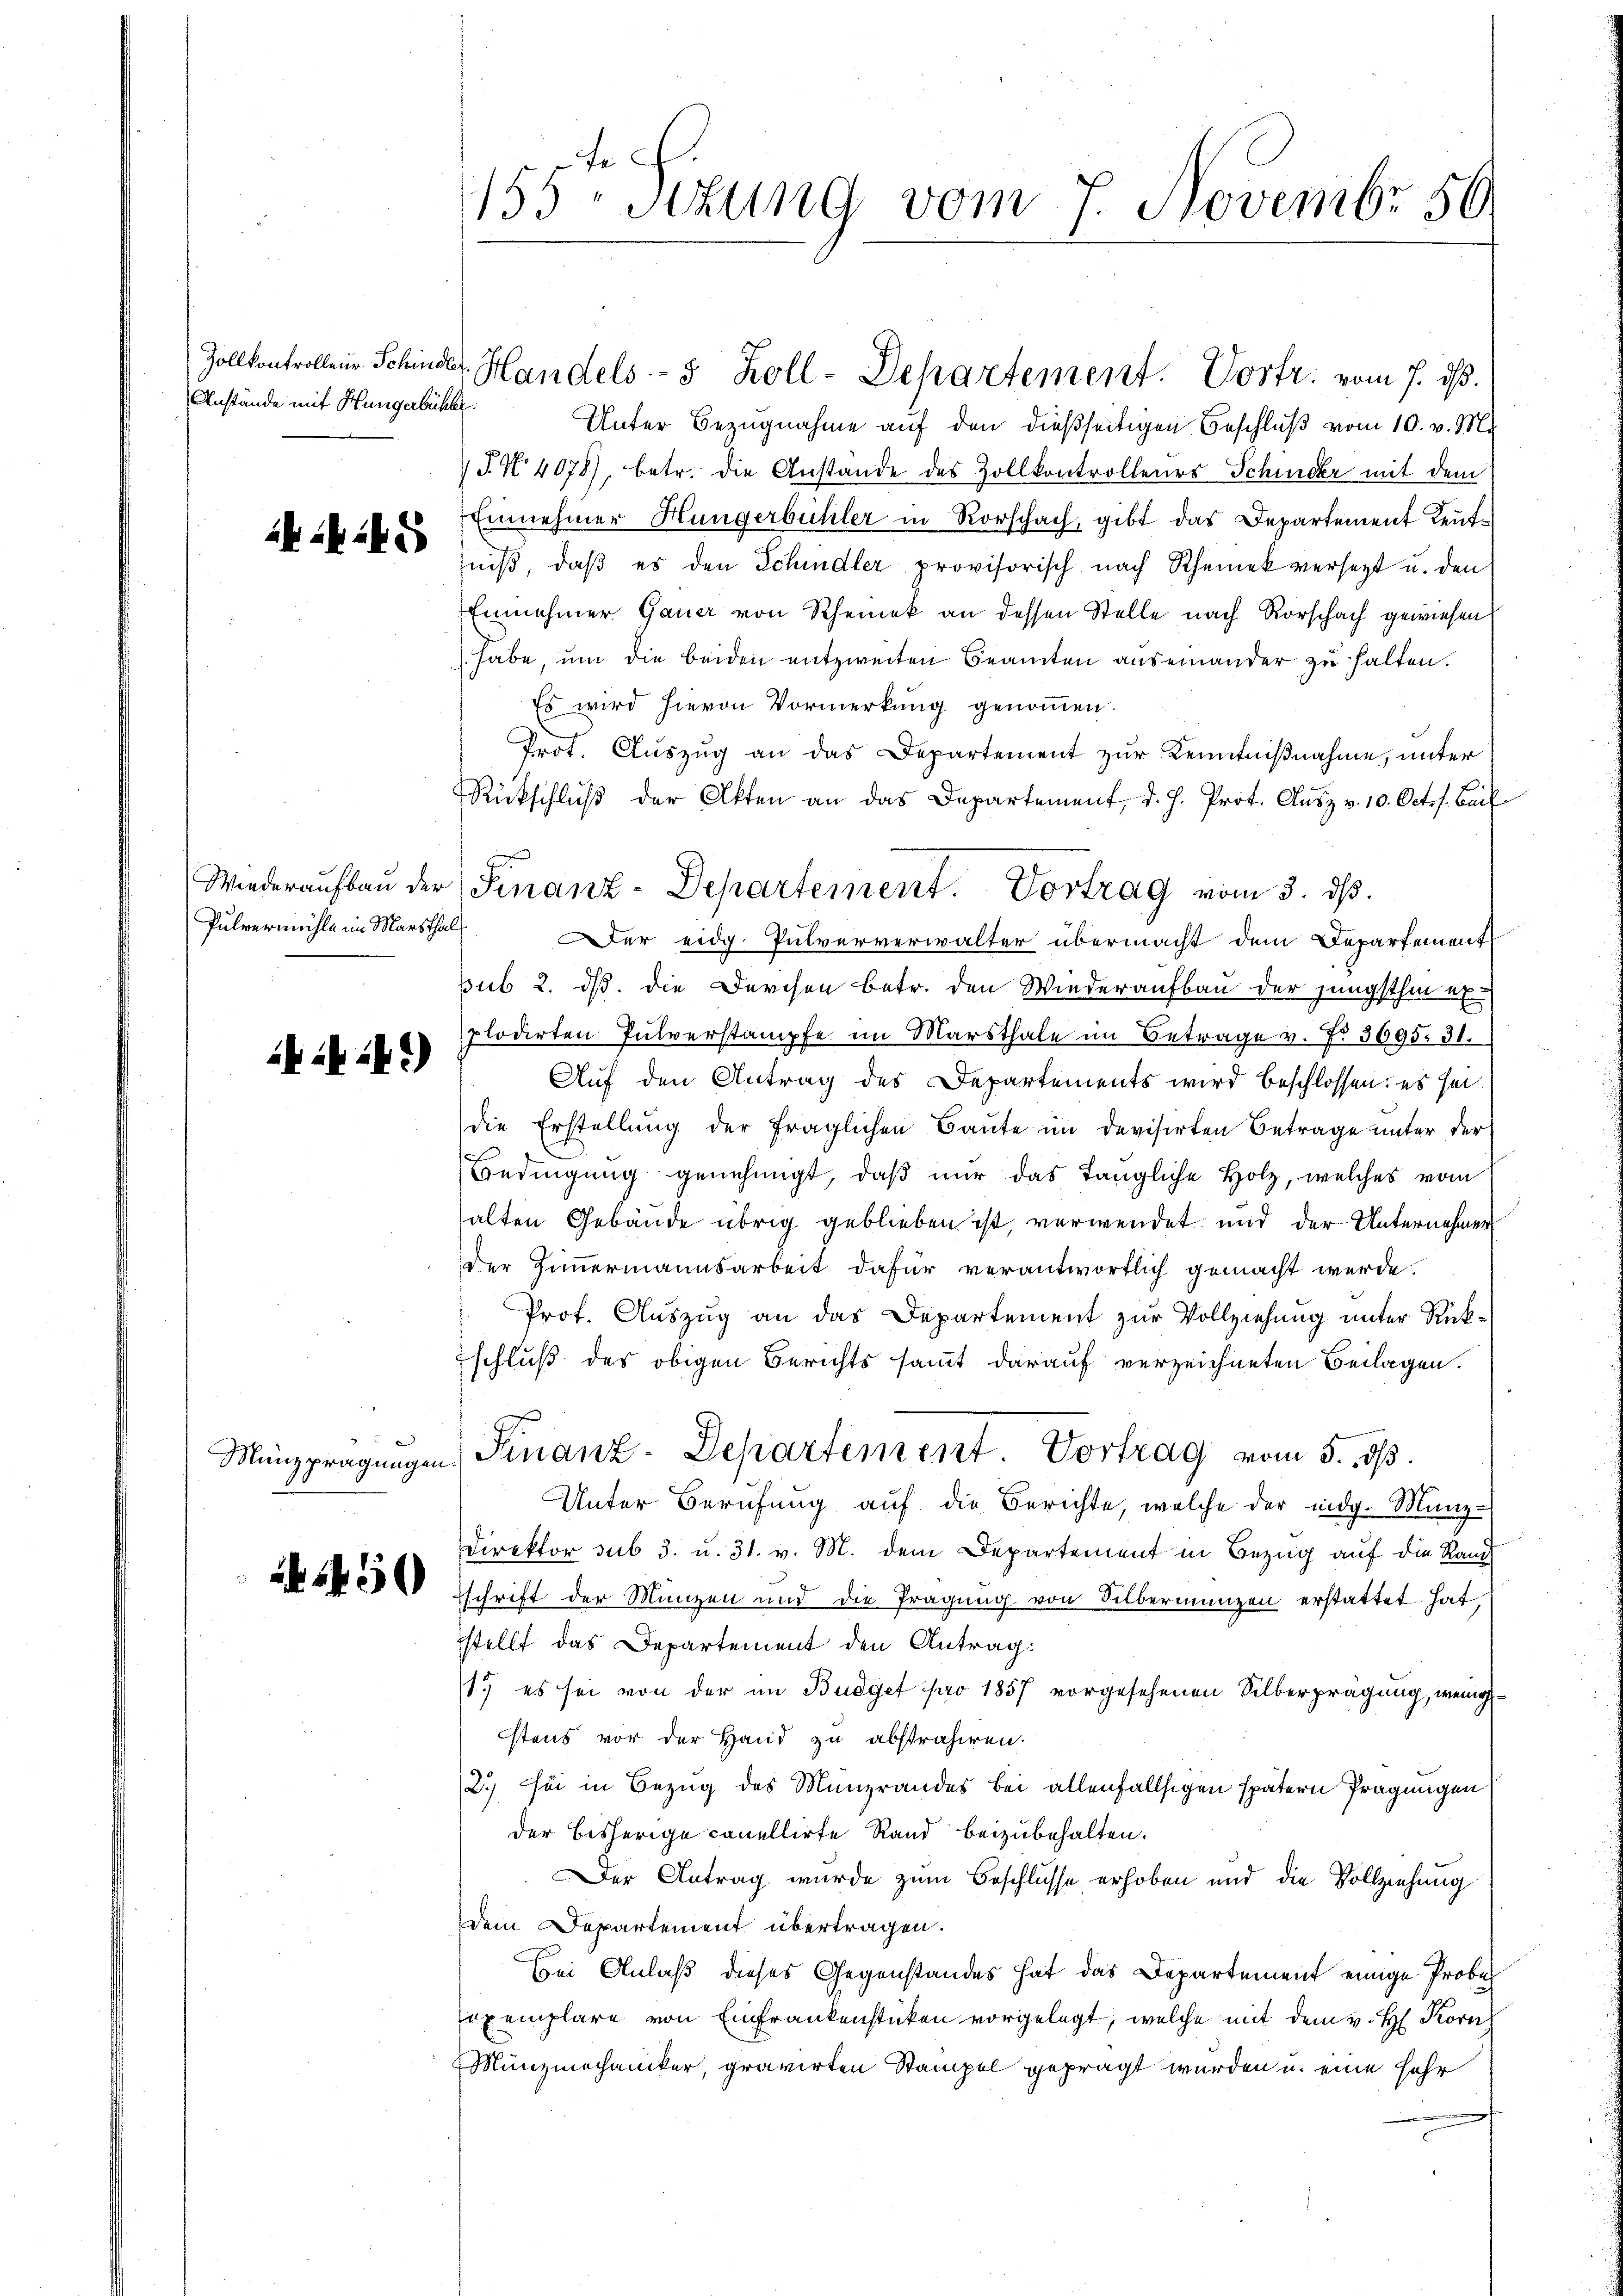
Anstände mit Hungerbühler.

Akade

Pulvermühle im Marsthal¬

2 ibid.

450

155 sezung vom 7. Novembr. 86

Zollkontrolleur Schinder Handels- 5 Zoll-Departement. Vortr. vom 7. ds.
Unter Bezugnahme auf den dießseitigen Beschluß vom 10. v. M.
§. N. 4078), betr. die Anstande des Zollkontrollenes Schmecker mit dem
Einnehmer Hungerbühler in Rorschach, gibt das Departement Leut
niß, daß es den Schindler provisorisch nach Rheinek versetzt u. den
Einnehmer Gauer von Rheinek an dessen Stelle nach Vorschach gewiesen
 habe, um die beiden entzweiten Beamten auseinander zu halten.
Es wird hievon Vormerkung genommen.
Prot. Auszug an das Departement zur Kenntnißnahme, unter
Rückschlŭβ der Akten an das Departement, d. J. Prot. Ausz v. 10. Octos. Beif
er eidg. Pulververwalter übermacht dem Departement
pub. 2. ds. die Durchen betr. den Wiederaufbau der jüngsthin ex-
plodirten Pulverstampfe im Marsthale im Betrage v. No 3695. 31.
Auf den Antrag des Departements wird beschlossen: es sei.
die Erstellung der fraglichen Baute im Devisirten Betrage unter der
Bedingung genehmigt, daß nur das tängliche Holz, welches vom
alten Gebäude übrig geblieben ist, verwendet und der Unternehmen
der Zimmermannsarbeit dafür verantwortlich gemacht werde.
Prot. Auszug an das Departement zur Vollziehung unter Rückschluß des obigen Berichts sammt darauf verzeichneten Beilagen.
Münzprägungen Finanz-Departement. Vortrag vom 5. ds.
Unter Berufung aŭf die Berichte, welche der eidg. Münz¬
Direktor sub 3. u. 31. v. M. dem Departement in Bezug auf die Rand
schrift der Münzen und die Pragŭng von Silbermanzen erstattet hat,
stellt das Departement den Antrag:
1.) es sei von der im Budget pro 1857 vorgesehenen Silberprägung, wenig
stens vor der Hand zu abstrahiren.
2.) Sei in Bezug des Münzrandes bei allenfallsigen spätern Prägungen
der bisherige canellirte Rand beizubehalten.
Der Antrag wurde zum Beschlüsse erhoben und die Vollziehung
Dein Departement übertragen.
Bei Anlaß dieses Gegenstandes hat das Departement einige Probe
exemplare von Einfrankenstücken vorgelegt, welche mit dem v. H. Korn
Münzmochaniker, gravirten Stampel geprägt wurden u. eine sehr

Wiederaufbau der Finanz-Departement. Vortrag vom 3. ds.